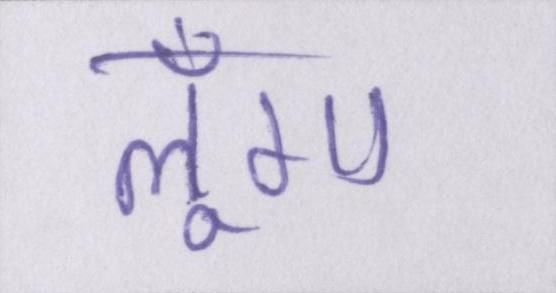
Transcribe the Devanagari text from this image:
लूँगा